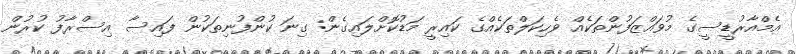
އެމްއާރުޑީސީގެ މުވައްޒަފުންތަކެއް ވެހިކަލްތަކެއްގެ ކައިރީ މަޑުކޮށްލައިގެން: ގިނަ ކުންފުނިތަކުން ފައިސާ އިސްރާފު ކުރުން